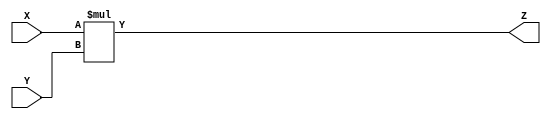

module multiply 
#(parameter WIDTH = 4)(
input [WIDTH - 1:0] X, Y,
output reg [WIDTH - 1:0] Z
);

always @ (X or Y) begin
Z = X * Y;
end
endmodule